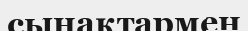
сынақтармен